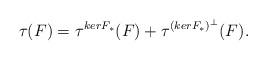
LaTeX: \begin{align*}\tau(F) = \tau^{kerF_\ast}(F)+ \tau^{(kerF_\ast)^\bot}(F).\end{align*}